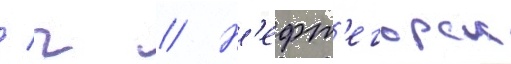
/ г // Н'ефт'егорск